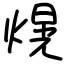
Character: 熀